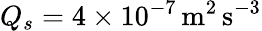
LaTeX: Q_{s}=4\times 10^{-7}\, \mathrm{m^{2}\, s^{-3}}